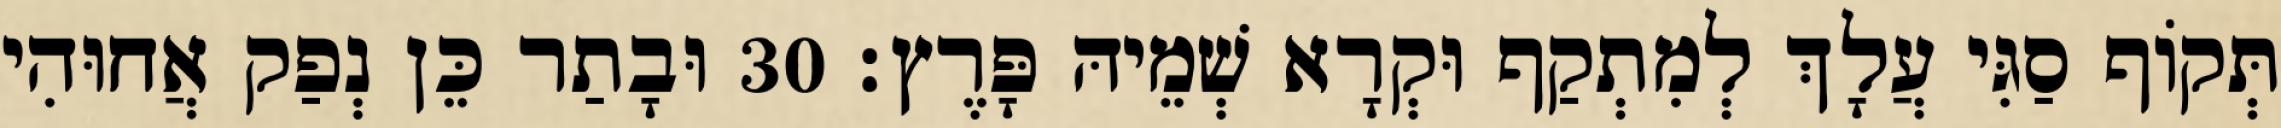
תְּקוֹף סַגִּי עֲלָךְ לְמִתְקַף וּקְרָא שְׁמֵיהּ פָּרֶץ׃ 30 וּבָתַר כֵּן נְפַק אֲחוּהִי